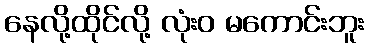
နေလို့ထိုင်လို့ လုံးဝ မကောင်းဘူး